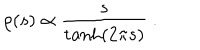
LaTeX: \rho ( s ) \propto \frac { s } { \tanh ( 2 \pi s ) } ~ .